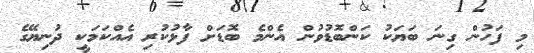
މި ފަހުން ގިނަ ބަޔަކު ކަންބޮޑުވުން އެންމެ ބޮޑަށް ފާޅުކުރި އެއްކަމަކީ ދުނިޔޭގެ